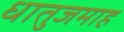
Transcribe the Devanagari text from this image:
धातुजमाह